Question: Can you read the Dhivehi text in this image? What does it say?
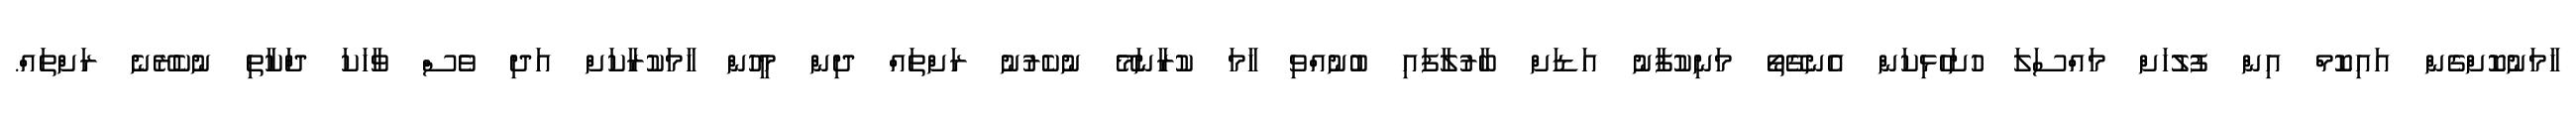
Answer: ހާމަނުކޮށްގެން އައިކޮމް އިން ފުލުހަށް މައްސަލަ ހުށަހެޅިކަން އެނގޭތޯ މަނިކުފާނު އަޑަށް ބާރުލާފައި ބުނުއްވި ހާމަ ކުރާނަމޭ ނުކެރުނު ރަށްތައް ދިން މީހުން ހާމަކުރާކަށް އަދި ވެސް ވާހަކަ ދަްކާތި ނުކެރޭނެ ރަށްތައް.